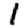
Digit: 1